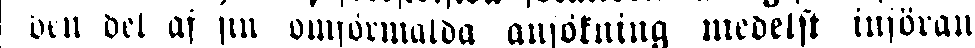
den del af sin omförmälda ansökning medelst införan